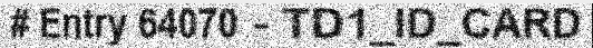
# Entry 64070 - TD1_ID_CARD